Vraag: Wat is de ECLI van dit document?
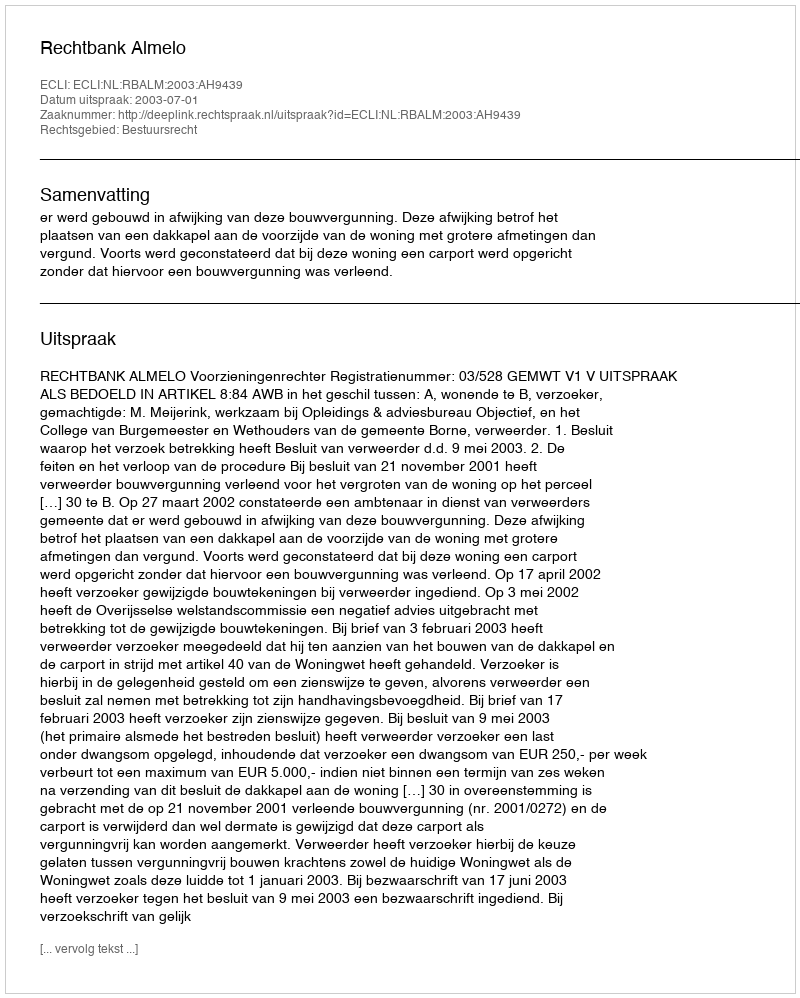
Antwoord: ECLI:NL:RBALM:2003:AH9439